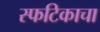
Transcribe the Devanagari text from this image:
स्फटिकाचा